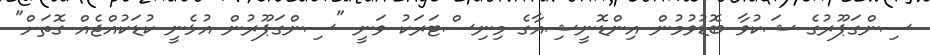
ސިންގަޕޫރުގެ ޝަކުވާ ބޮޑުވުމުން އިންޑޮނީޝިއާގެ މިނިސްޓަރަކު ވަނީ "ސިންގަޕޫރުން އުޅެނީ ކުޑަކުއްޖެއް ގޮތަށް"